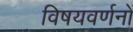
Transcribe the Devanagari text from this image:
विषयवर्णनों